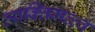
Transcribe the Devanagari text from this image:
व्यक्‍तिमत्त्व